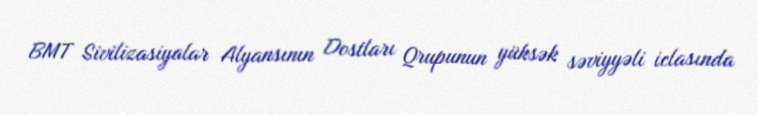
BMT Sivilizasiyalar Alyansının Dostları Qrupunun yüksək səviyyəli iclasında